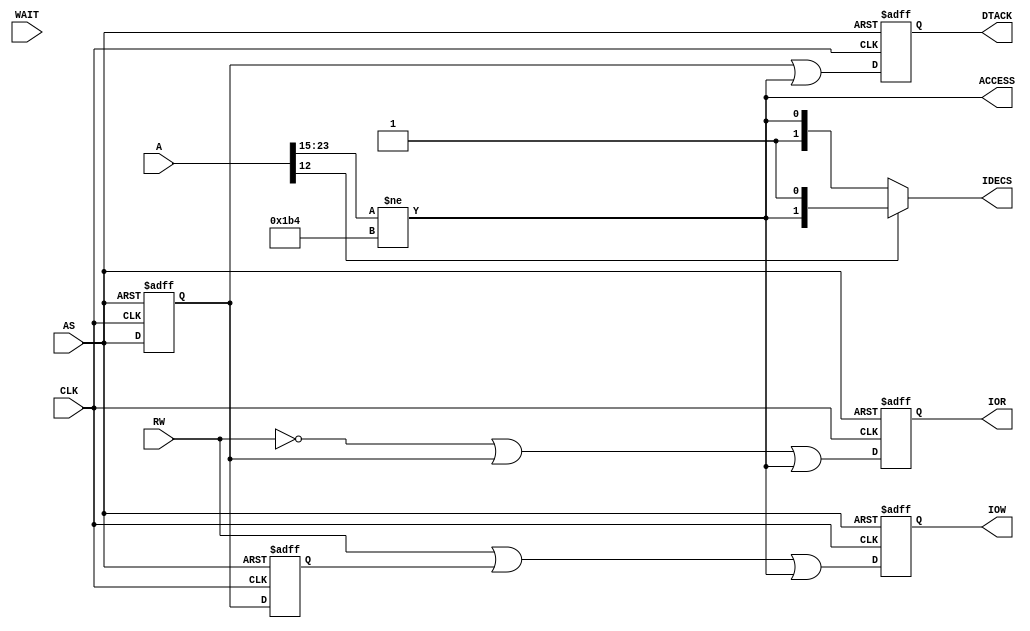
`timescale 1ns / 1ps
/*	
	Copyright (C) 2016-2019, Stephen J. Leary
	All rights reserved.
	
	This file is part of  TF53x (Terrible Fire Accelerator).

	This program is free software; you can redistribute it and/or
	modify it under the terms of the GNU General Public License
	as published by the Free Software Foundation; version 2 only.
	
	This program is distributed in the hope that it will be useful,
	but WITHOUT ANY WARRANTY; without even the implied warranty of
	MERCHANTABILITY or FITNESS FOR A PARTICULAR PURPOSE.  See the
	GNU General Public License for more details.

	You should have received a copy of the GNU General Public License
	along with this program; if not, write to the Free Software
	Foundation, Inc., 51 Franklin Street, Fifth Floor, Boston, MA  02110-1301, USA.
*/


module ata (
           input         CLK,
           input         AS,
           input         RW,
           input [23:0] A,
           input        WAIT,

           output [1:0] IDECS,
           output        IOR,
           output        IOW,
           output   DTACK,
           output        ACCESS

       );

/* Timing Diagram
                 S0 S1 S2 S3 S4 S5  W  W S6 S7
     __    __    __    __    __    __    __    __    __    __    __    __   
CLK |  |__|  |__|  |__|  |__|  |__|  |__|  |__|  |__|  |__|  |__|  |__|  |__
     _________________                         _____________________________
AS                    \\\_____________________/
    _______________                            _____________________________
CS                 \__________________________/
    ______________________                     _____________________________
IOR                       \___________________/
    _____________________________        ___________________________________
IOW                              \______/
    _____________________________        ___________________________________
DTACK                            \______/     
    _________________________       ________________________________________
WAIT                         \_____/
        
*/

// decode directly from AS and Address Bus.
`ifndef ATARI
wire GAYLE_IDE = ({A[23:15]} != {8'hDA,1'b0});
`else
wire GAYLE_IDE = ({A[23:16]} != {8'hF0});
`endif

reg ASDLY = 1'b1;
reg ASDLY2 = 1'b1;
reg DTACK_INT = 1'b1;

reg IOR_INT = 1'b1;
reg IOW_INT = 1'b1;

always @(posedge CLK or posedge AS) begin

    if (AS == 1'b1) begin

        ASDLY <= 1'b1;
        ASDLY2 <= 1'b1;

    end else begin

        ASDLY <= AS;
        ASDLY2 <= ASDLY;

    end

end

always @(negedge CLK or posedge AS) begin

    if (AS == 1'b1) begin

        IOR_INT <= 1'b1;
        IOW_INT <= 1'b1;
        DTACK_INT <= 1'b1;

    end else begin

        IOR_INT <= ~RW | ASDLY | GAYLE_IDE;
        IOW_INT <=  RW | ASDLY2 | GAYLE_IDE;
        DTACK_INT <=  ASDLY | GAYLE_IDE;

    end

end

assign IOR = IOR_INT;
assign IOW = IOW_INT ;
assign DTACK = DTACK_INT;

`ifndef ATARI
assign IDECS = A[12] ? {GAYLE_IDE, 1'b1} : {1'b1, GAYLE_IDE};
`else
assign IDECS = A[5] ? {GAYLE_IDE, 1'b1} : {1'b1, GAYLE_IDE};
`endif

assign ACCESS = GAYLE_IDE;


endmodule